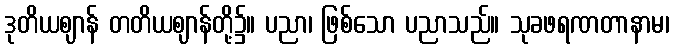
ဒုတိယဈာန် တတိယဈာန်တို့၌။ ပညာ၊ ဖြစ်သော ပညာသည်။ သုခဖရဏတာနာမ၊